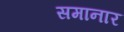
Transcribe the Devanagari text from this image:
समानार